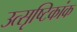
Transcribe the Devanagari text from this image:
उत्सृष्टिकांक